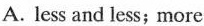
A . less and less;more